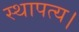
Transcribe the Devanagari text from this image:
स्थापत्य।